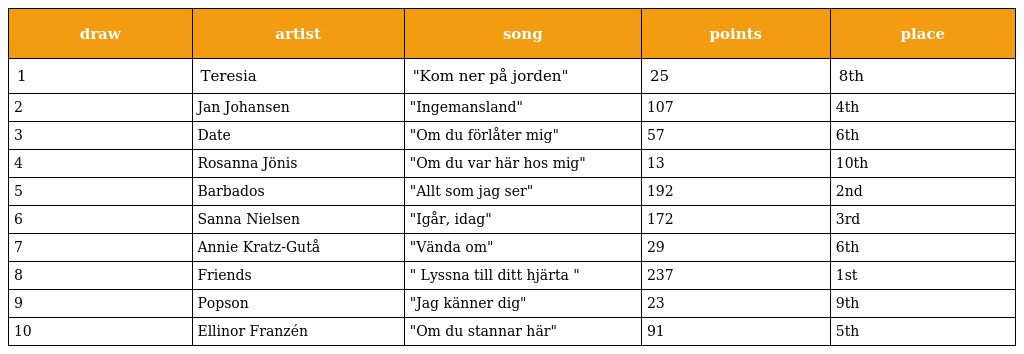
| draw | artist | song | points | place |
 | --- | --- | --- | --- | --- |
 | 1 | Teresia | "Kom ner på jorden" | 25 | 8th |
 | 2 | Jan Johansen | "Ingemansland" | 107 | 4th |
 | 3 | Date | "Om du förlåter mig" | 57 | 6th |
 | 4 | Rosanna Jönis | "Om du var här hos mig" | 13 | 10th |
 | 5 | Barbados | "Allt som jag ser" | 192 | 2nd |
 | 6 | Sanna Nielsen | "Igår, idag" | 172 | 3rd |
 | 7 | Annie Kratz-Gutå | "Vända om" | 29 | 6th |
 | 8 | Friends | " Lyssna till ditt hjärta " | 237 | 1st |
 | 9 | Popson | "Jag känner dig" | 23 | 9th |
 | 10 | Ellinor Franzén | "Om du stannar här" | 91 | 5th |